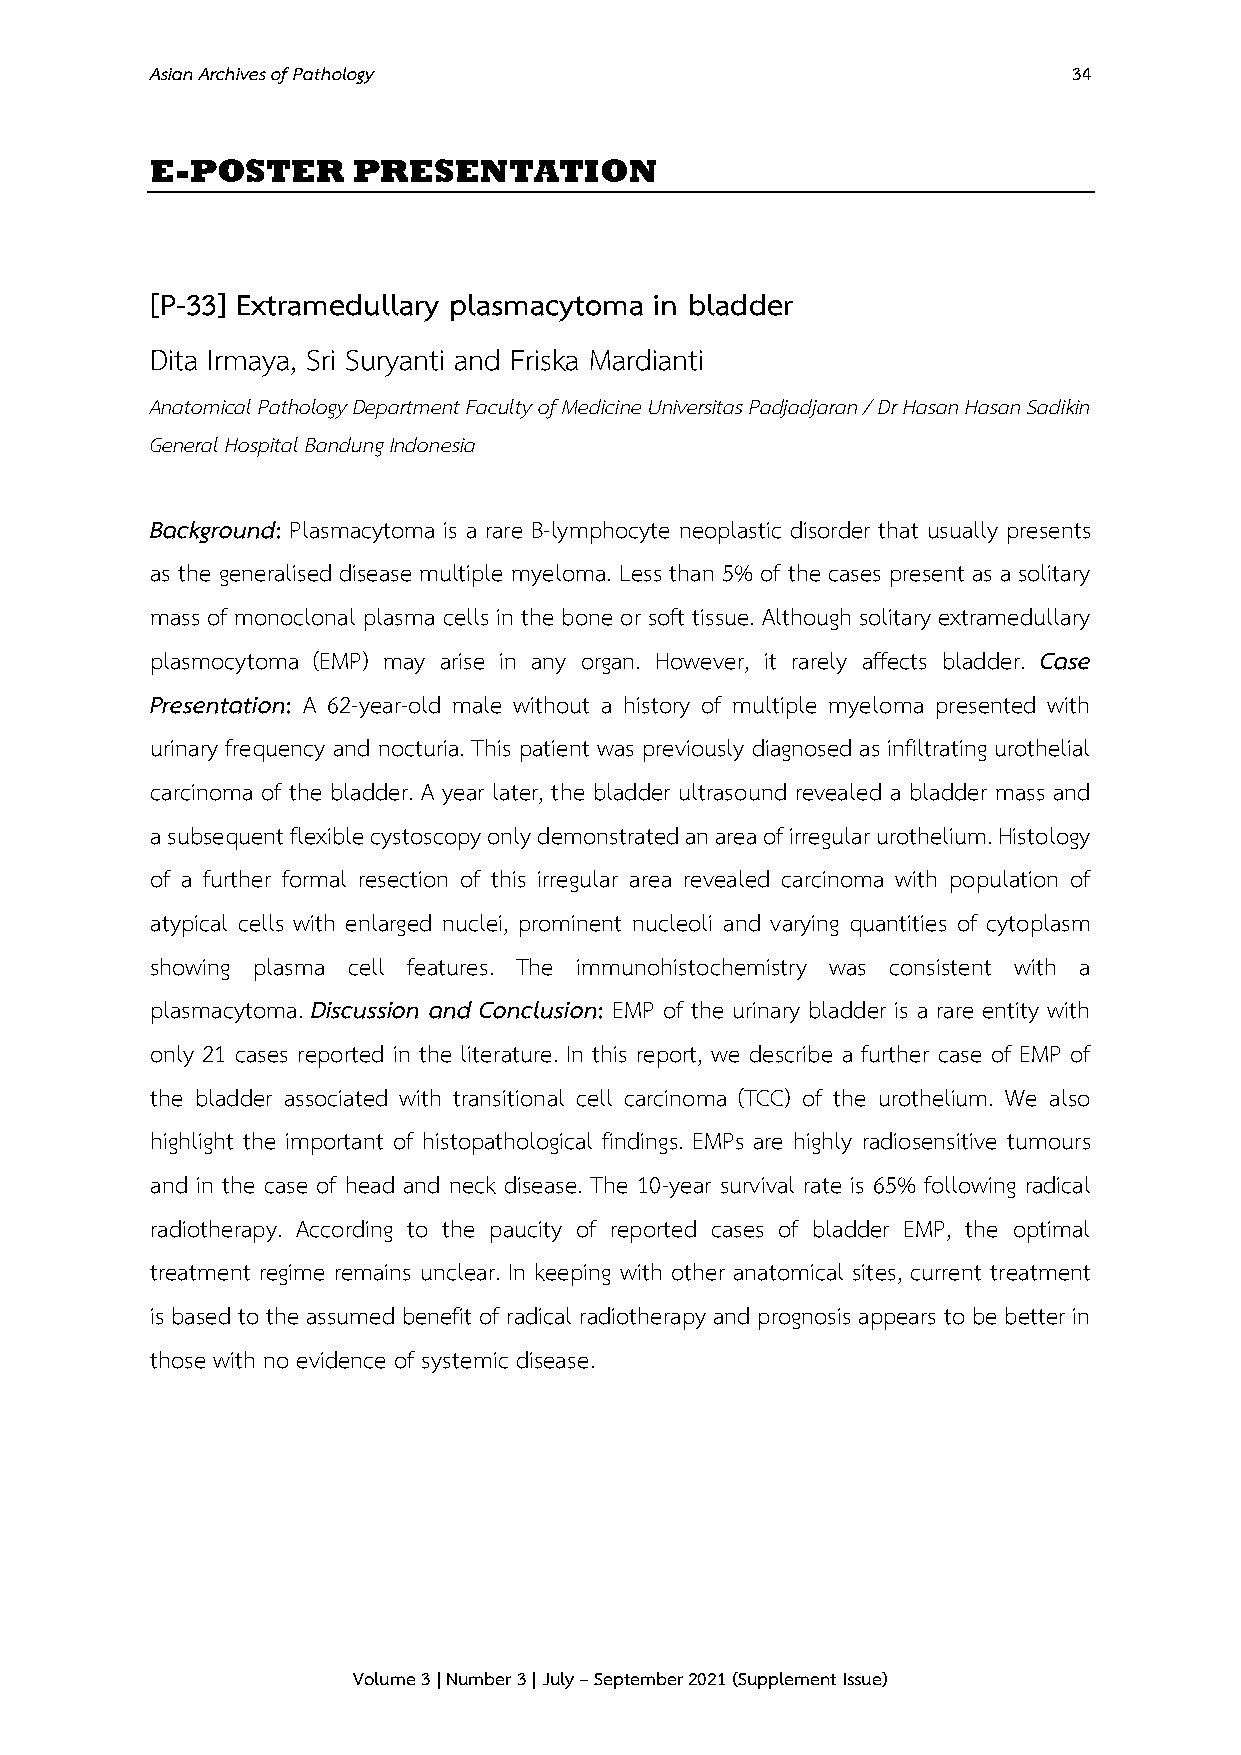
Asian Archives of Pathology                                  34
 E-POSTER     PRESENTATION
 [P-33] Extramedullary plasmacytoma in bladder
 Dita Irmaya, Sri Suryanti and Friska Mardianti
 Anatomical Pathology Department Faculty of Medicine Universitas Padjadjaran / Dr Hasan Hasan Sadikin
 General Hospital Bandung Indonesia
 Background: Plasmacytoma is a rare B-lymphocyte neoplastic disorder that usually presents
 as the generalised disease multiple myeloma. Less than 5% of the cases present as a solitary
 mass of monoclonal plasma cells in the bone or soft tissue. Although solitary extramedullary
 plasmocytoma (EMP) may arise in any organ. However, it rarely affects bladder. Case
 Presentation: A 62-year-old male without a history of multiple myeloma presented with
 urinary frequency and nocturia. This patient was previously diagnosed as infiltrating urothelial
 carcinoma of the bladder. A year later, the bladder ultrasound revealed a bladder mass and
 a subsequent flexible cystoscopy only demonstrated an area of irregular urothelium. Histology
 of a further formal resection of this irregular area revealed carcinoma with population of
 atypical cells with enlarged nuclei, prominent nucleoli and varying quantities of cytoplasm
 showing plasma cell features. The immunohistochemistry was consistent with a
 plasmacytoma. Discussion and Conclusion: EMP of the urinary bladder is a rare entity with
 only 21 cases reported in the literature. In this report, we describe a further case of EMP of
 the bladder associated with transitional cell carcinoma (TCC) of the urothelium. We also
 highlight the important of histopathological findings. EMPs are highly radiosensitive tumours
 and in the case of head and neck disease. The 10-year survival rate is 65% following radical
 radiotherapy. According to the paucity of reported cases of bladder EMP, the optimal
 treatment regime remains unclear. In keeping with other anatomical sites, current treatment
 is based to the assumed benefit of radical radiotherapy and prognosis appears to be better in
 those with no evidence of systemic disease.
 Volume 3 | Number 3 | July – September 2021 (Supplement Issue)